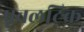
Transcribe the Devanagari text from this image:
पृबलटिक